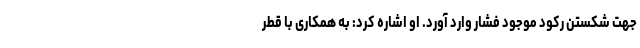
جهت شکستن رکود موجود فشار وارد آورد. او اشاره کرد: به همکاری با قطر